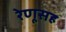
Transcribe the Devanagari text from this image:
रेणूसह